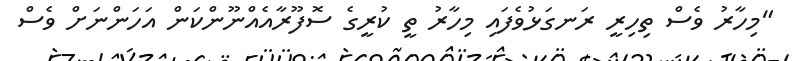
"މިހާރު ވެސް ތިހިރީ ރަނގަޅުވެފައި މިހާރު ތީ ކުރީގެ ސޮފޫރާއެއްނޫންކަން އަހަންނަށް ވެސް